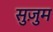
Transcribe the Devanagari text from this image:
सुज़ुम